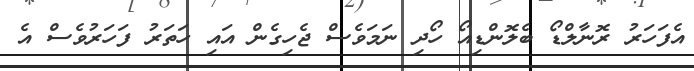
އެފަހަރު ރޮނާލްޑޯ ބެލޮންޑިއޯ ހޯދި ނަމަވެސް ޖެހިގެން އައި ހަތަރު ފަހަރުވެސް އެ